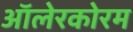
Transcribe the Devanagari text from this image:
ऑलेरकोरम